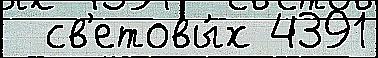
  св'етовы́х 4391